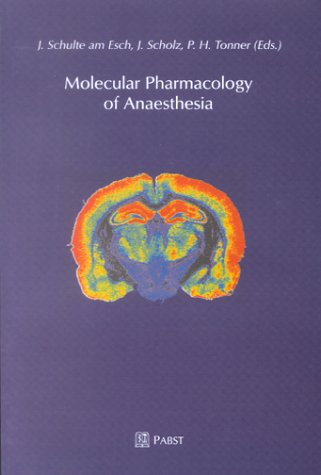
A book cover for Molecular pharmacology of anaesthesia; Medical Books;